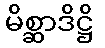
မိစ္ဆာဒိဋ္ဌိ